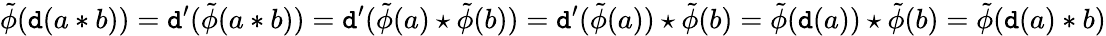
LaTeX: \tilde{\phi}(\mathtt{d}(a\ast b))=\mathtt{d}^{\prime}(\tilde{\phi}(a\ast b))=\mathtt{d}^{\prime}(\tilde{\phi}(a)\star\tilde{\phi}(b))=\mathtt{d}^{\prime}(\tilde{\phi}(a))\star\tilde{\phi}(b)=\tilde{\phi}(\mathtt{d}(a))\star\tilde{\phi}(b)=\tilde{\phi}(\mathtt{d}(a)\ast b)